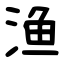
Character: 渔